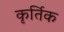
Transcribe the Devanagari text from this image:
कृर्तिक